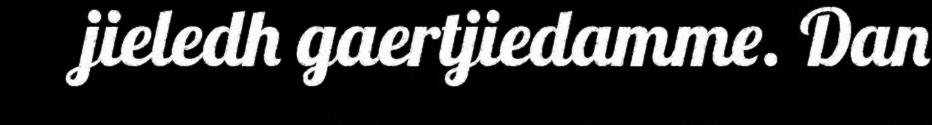
jieledh gaertjiedamme. Dan